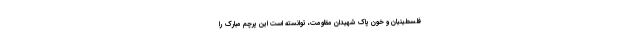
فلسطینیان و خون پاک شهیدان مقاومت، توانسته است این پرچم مبارک را